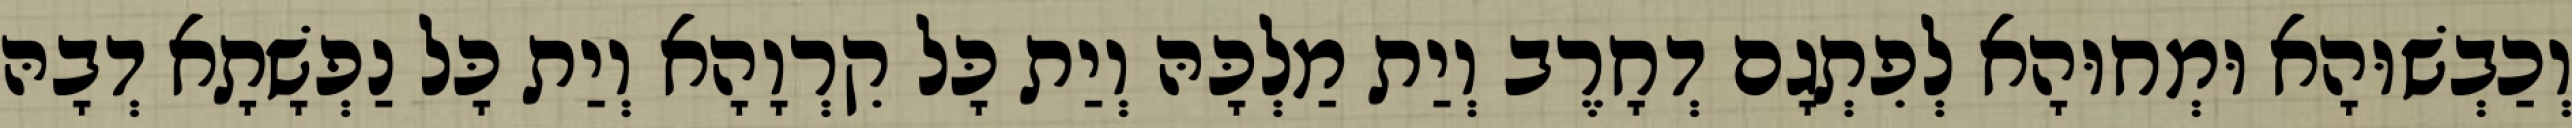
וְכַבְשׁוּהָא וּמְחוּהָא לְפִתְגָם דְחָרֶב וְיַת מַלְכָּהּ וְיַת כָּל קִרְוָהָא וְיַת כָּל נַפְשָׁתָא דְבָהּ